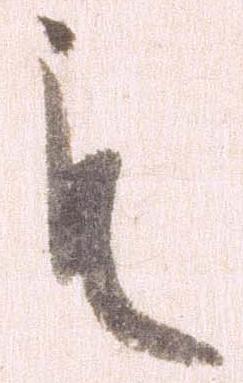
も